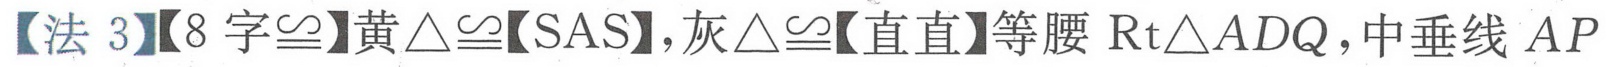
【法 3】【8 字$\cong$】黄$\triangle\cong$【SAS】,灰$\triangle\cong$【直直】等腰$\text{Rt}\triangle ADQ$,中垂线$AP$